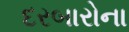
દરબારોના